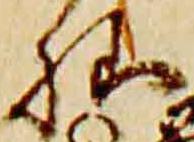
様